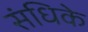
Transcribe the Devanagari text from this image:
संधिके